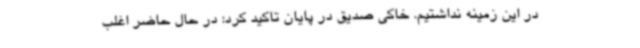
در این زمینه نداشتیم. خاکی صدیق در پایان تاکید کرد: در حال حاضر اغلب